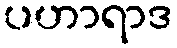
ပဟာရာဒ